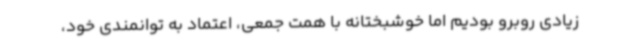
زیادی روبرو بودیم اما خوشبختانه با همت جمعی، اعتماد به توانمندی خود،